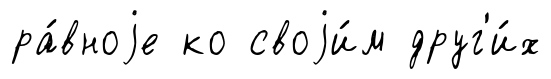
ра́вноjе ко своjи́м друг'и́х